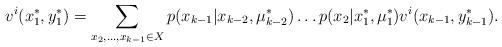
LaTeX: \begin{align*}v^i(x_1^\ast,y_1^\ast) &= \sum\limits_{x_2,\dots,x_{k-1}\in X}p(x_{k-1}|x_{k-2},\mu_{k-2}^\ast)\dots p(x_2|x_1^\ast,\mu_1^\ast) v^i(x_{k-1},y_{k-1}^\ast).\end{align*}